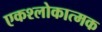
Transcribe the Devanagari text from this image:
एकश्लोकात्मक